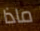
ماذا